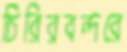
চিরিরবন্দরে